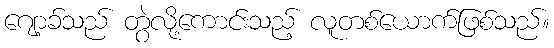
ဂျော့ခ်သည် တွဲလို့ကောင်းသည့် လူတစ်ယောက်ဖြစ်သည်။